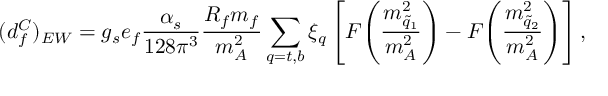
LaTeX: ( d _ { f } ^ { C } ) _ { E W } = g _ { s } e _ { f } { \frac { \alpha _ { s } } { 1 2 8 \pi ^ { 3 } } } { \frac { R _ { f } m _ { f } } { m _ { A } ^ { 2 } } } \sum _ { q = t , b } \xi _ { q } \left[ F \! \left( { \frac { m _ { \tilde { q } _ { 1 } } ^ { 2 } } { m _ { A } ^ { 2 } } } \right) - F \! \left( { \frac { m _ { \tilde { q } _ { 2 } } ^ { 2 } } { m _ { A } ^ { 2 } } } \right) \right] ,